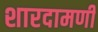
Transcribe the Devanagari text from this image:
शारदामणी